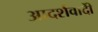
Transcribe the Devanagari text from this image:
आदर्शवादीें